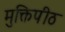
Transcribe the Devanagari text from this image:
मुक्तिपीठ